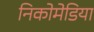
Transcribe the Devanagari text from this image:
निकोमेडिया